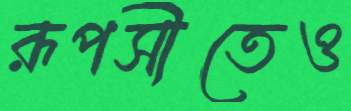
রূপসীতেও